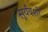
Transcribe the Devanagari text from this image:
सूर्यवशीं